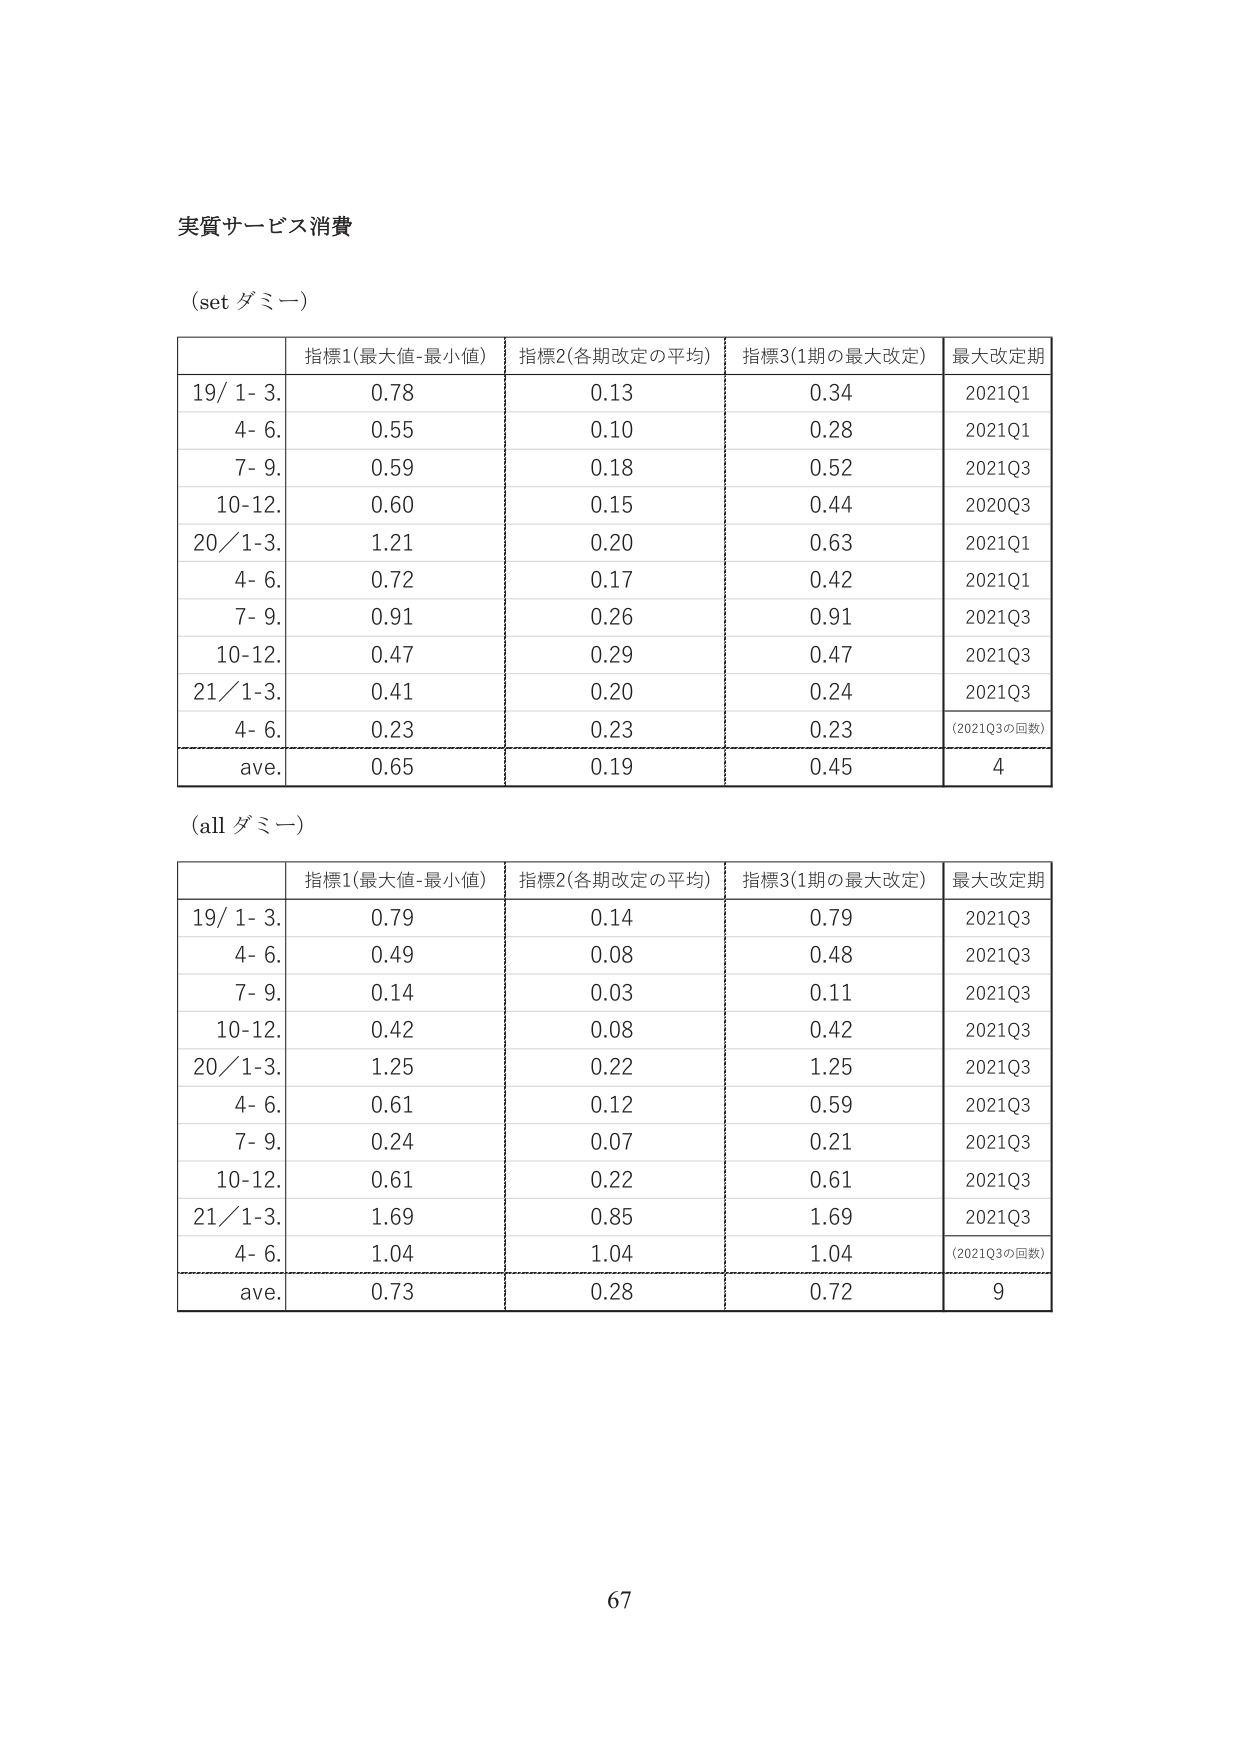
実質サービス消費

(set ダミー)

指標1(最大値-最小値) 指標2(各期改定の平均) 指標3(1期の最大改定) 最大改定期
19/ 1- 3. 0.78 0.13 0.34 2021Q1
4- 6. 0.55 0.10 0.28 2021Q1
7- 9. 0.59 0.18 0.52 2021Q3
10-12. 0.60 0.15 0.44 2020Q3
20/1-3. 1.21 0.20 0.63 2021Q1
4- 6. 0.72 0.17 0.42 2021Q1
7- 9. 0.91 0.26 0.91 2021Q3
10-12. 0.47 0.29 0.47 2021Q3
21/1-3. 0.41 0.20 0.24 2021Q3
4- 6. 0.23 0.23 0.23 (2021Q3の回数)
ave. 0.65 0.19 0.45 4

(all ダミー)

指標1(最大値-最小値) 指標2(各期改定の平均) 指標3(1期の最大改定) 最大改定期
19/ 1- 3. 0.79 0.14 0.79 2021Q3
4- 6. 0.49 0.08 0.48 2021Q3
7- 9. 0.14 0.03 0.11 2021Q3
10-12. 0.42 0.08 0.42 2021Q3
20/1-3. 1.25 0.22 1.25 2021Q3
4- 6. 0.61 0.12 0.59 2021Q3
7- 9. 0.24 0.07 0.21 2021Q3
10-12. 0.61 0.22 0.61 2021Q3
21/1-3. 1.69 0.85 1.69 2021Q3
4- 6. 1.04 1.04 1.04 (2021Q3の回数)
ave. 0.73 0.28 0.72 9

67